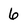
Character: 6